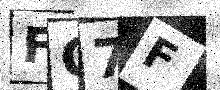
Text: FC7F